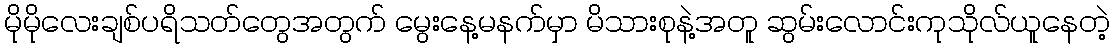
မိုမိုလေးချစ်ပရိသတ်တွေအတွက် မွေးနေ့မနက်မှာ မိသားစုနဲ့အတူ ဆွမ်းလောင်းကုသိုလ်ယူနေတဲ့